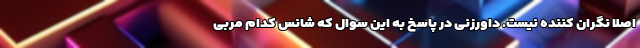
اصلاً نگران کننده نیست. داورزنی در پاسخ به این سوال که شانس کدام مربی